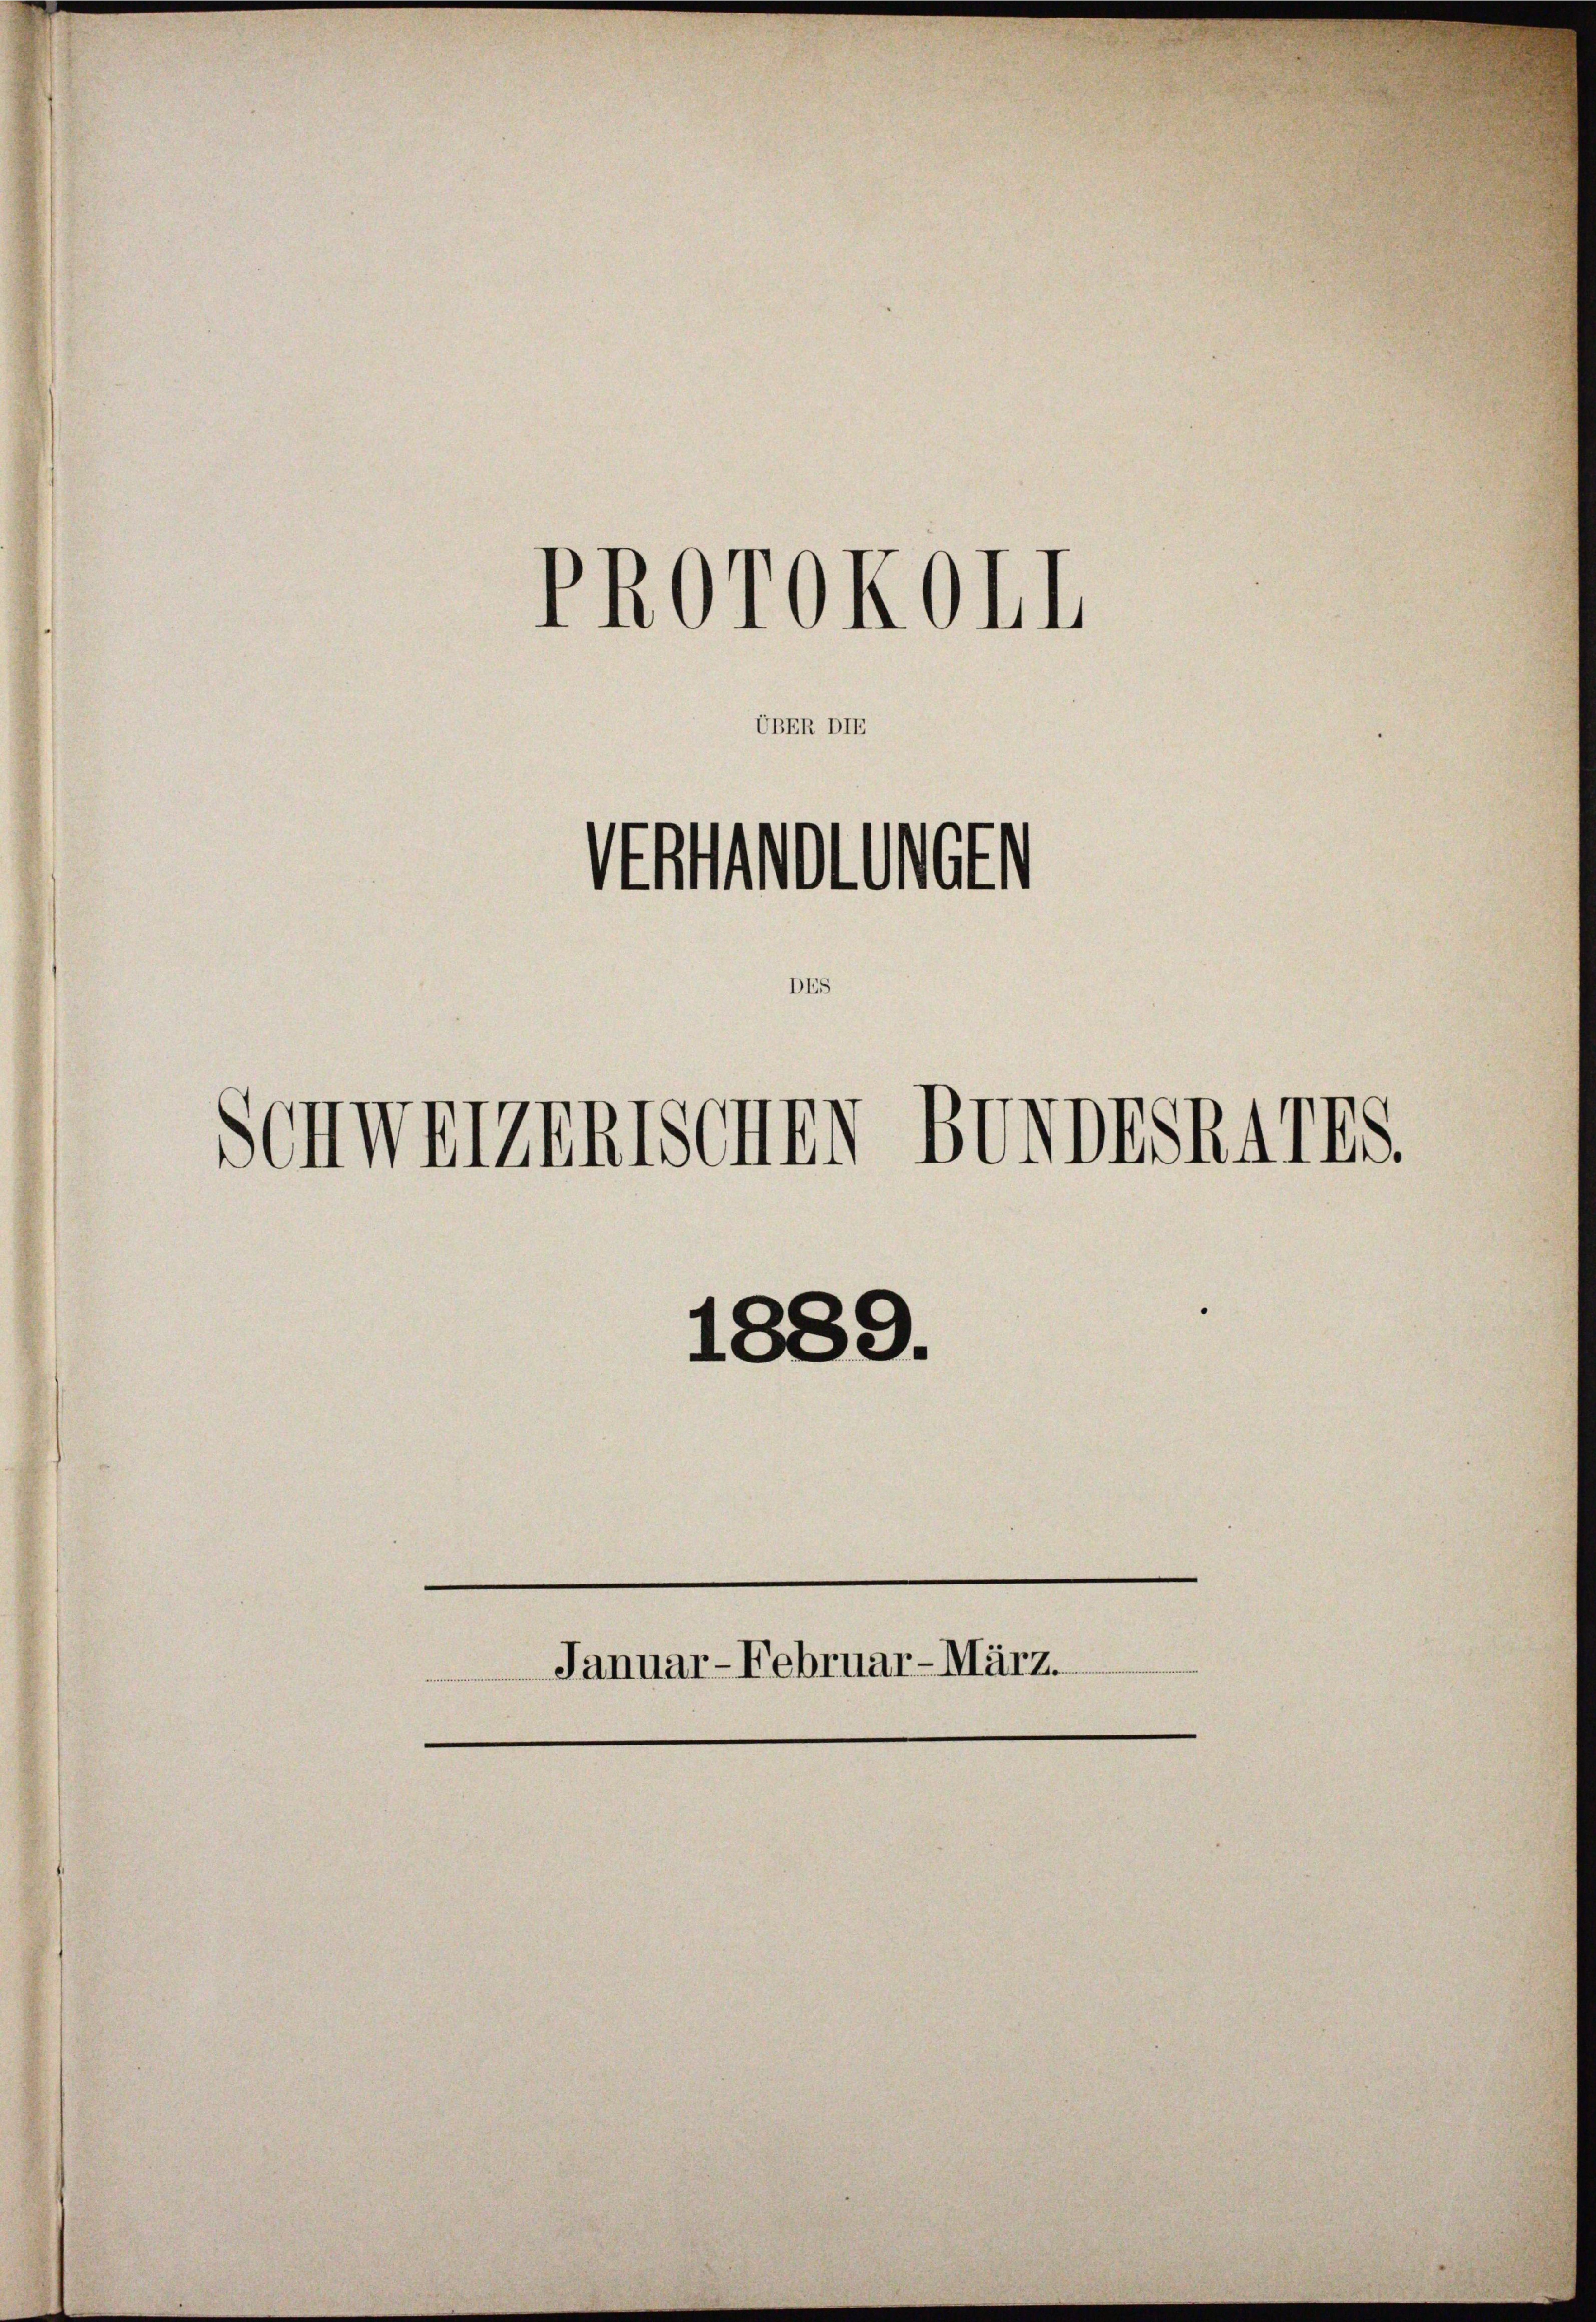
Statuten
D.
Schweizerische BUNDESRATES
1889.
 Januar-Februar-März.

PROrOKOLL

UBER DIE